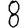
Digit: 8